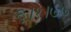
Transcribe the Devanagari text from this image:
६।१।७७